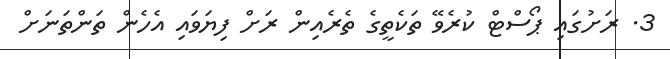
3. ރަށުގައި ޕޯސްޓް ކުރެވޭ ތަކެތީގެ ތެރެއިން ރަށް ފިޔަވައި އެހެން ތަންތަނަށް